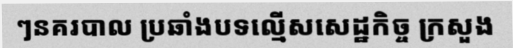
ៗនគរបាល ប្រឆាំងបទល្មើសសេដ្ឋកិច្ច ក្រសួង